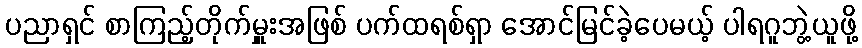
ပညာရှင် စာကြည့်တိုက်မှူးအဖြစ် ပက်ထရစ်ရှာ အောင်မြင်ခဲ့ပေမယ့် ပါရဂူဘွဲ့ယူဖို့